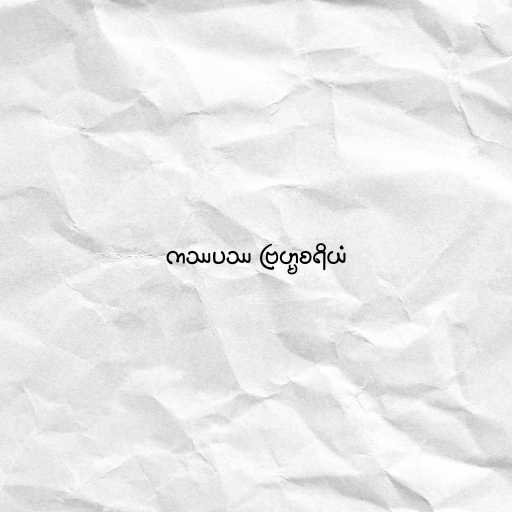
ကဿပဿ ဗြဟ္မစရိယံ